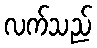
လက်သည်